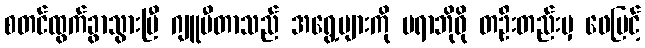
စတင်ထွက်ခွာသွားပြီ ဂျူပီတာသည် အရွေ့များကို ပရာဘိုဝို တဦးတည်းမှ ဖေမြင့်